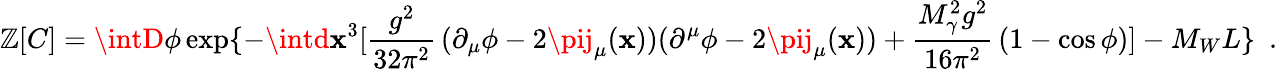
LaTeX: \mathbb{Z}[C]=\intD\phi\exp\{ -\intd\mathbf{x}^{3}[\frac{{g^{2}}}{{32\pi^{2}}}\, (\partial_{\mu}\phi-2\pij_{\mu}(\mathbf{x}))(\partial^{\mu}\phi-2\pij_{\mu}(\mathbf{x}))+\frac{{M_{\gamma}^{2}g^{2}}}{{16\pi^{2}}}\, (1-\cos\phi)]-M_{W}L\} \, \, \, .